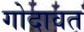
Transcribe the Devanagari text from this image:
गोदावत